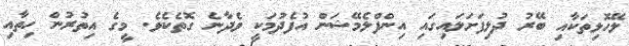
ލޭހޮޅިތަކާއި ބޭރު ދުލިފަށަލައިގައި އިންފްލެމޭޝަން އުފެދުމަކީ ވެދާނެ ގޮތެކެވެ. މީގެ އިތުރުން ހިތާއި